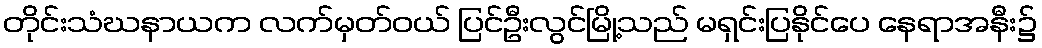
တိုင်းသံဃနာယက လက်မှတ်ဝယ် ပြင်ဦးလွင်မြို့သည် မရှင်းပြနိုင်ပေ နေရာအနီး၌